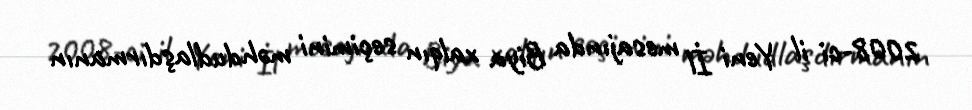
2008-ci il Yeni İl mesajında Biya xalqın seçimini məhdudlaşdırmanın